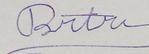
Signature authenticity: forged